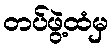
တပ်ဖွဲ့ထံမှ